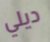
ديلي